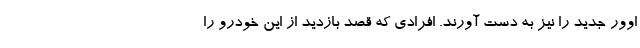
اوور جدید را نیز به دست آورند. افرادی که قصد بازدید از این خودرو را